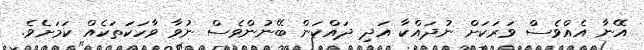
އޭނާ އެއްވެސް ވަރަކަށް ނުދައްކާ އަދި ދައްކަން ބޭނުންވެސް ނުވާ ވާހަކަތަކެއް ކަމަށެވެ.